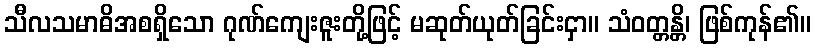
သီလသမာဓိအစရှိသော ဂုဏ်ကျေးဇူးတို့ဖြင့် မဆုတ်ယုတ်ခြင်းငှာ။ သံဝတ္တန္တိ၊ ဖြစ်ကုန်၏။